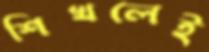
শিখলেই